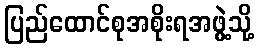
ပြည်ထောင်စုအစိုးရအဖွဲ့သို့